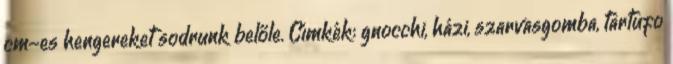
cm-es hengereket sodrunk belőle. Címkék: gnocchi, házi, szarvasgomba, tartufo